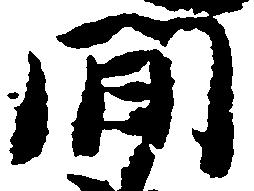
間